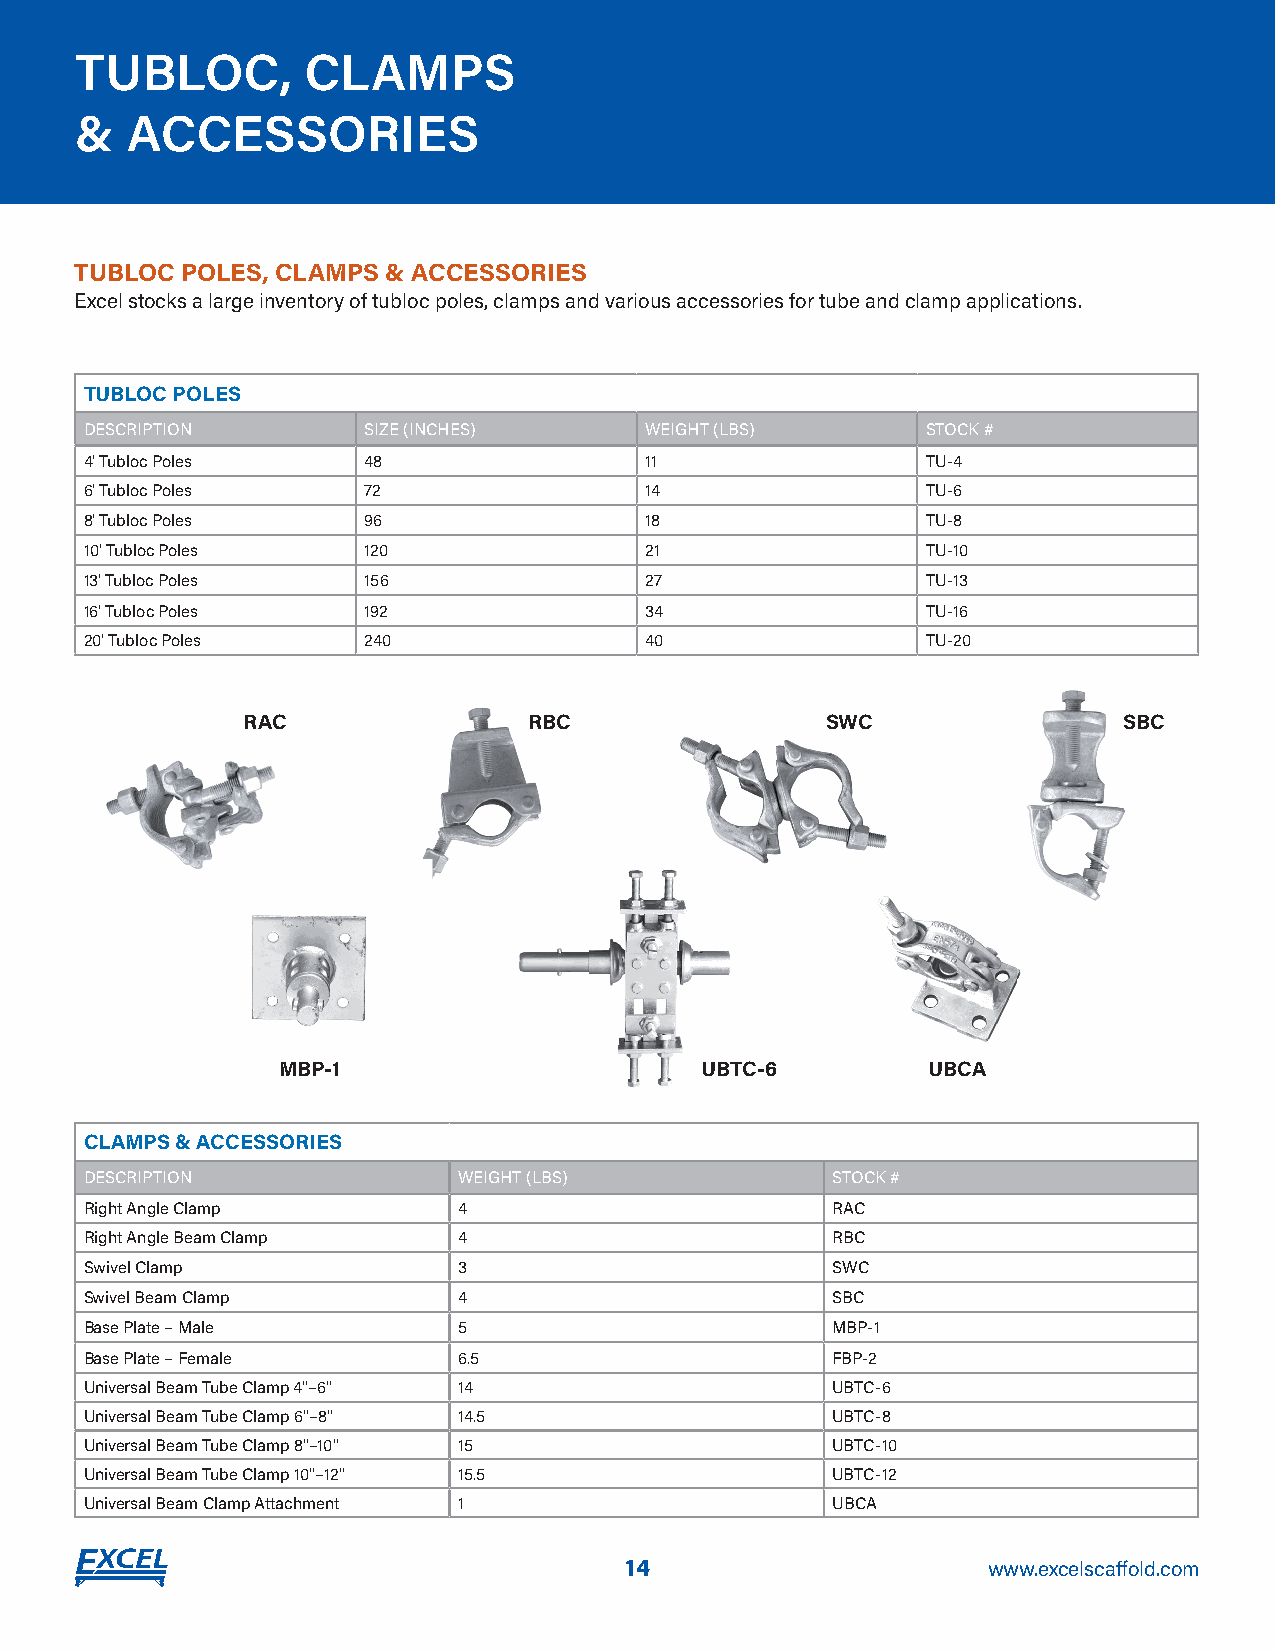
TUBLOC,        CLAMPS
 &  ACCESSORIES
 TUBLOC POLES, CLAMPS & ACCESSORIES
 Excel stocks a large inventory of tubloc poles, clamps and various accessories for tube and clamp applications.
 TUBLOC POLES
 DESCRIPTION       SIZE (INCHES)      WEIGHT (LBS)      STOCK #
 4' Tubloc Poles   48                 11                TU-4
 6' Tubloc Poles   72                 14                TU-6
 8' Tubloc Poles   96                 18                TU-8
 10' Tubloc Poles  120                21                TU-10
 13' Tubloc Poles  156                27                TU-13
 16' Tubloc Poles  192                34                TU-16
 20' Tubloc Poles  240                40                TU-20
 RAC                RBC                 SWC                SBC
 MBP-1                       UBTC-6         UBCA
 CLAMPS & ACCESSORIES
 DESCRIPTION             WEIGHT (LBS)             STOCK #
 Right Angle Clamp       4                        RAC
 Right Angle Beam Clamp  4                        RBC
 Swivel Clamp            3                        SWC
 Swivel Beam Clamp       4                        SBC
 Base Plate – Male       5                        MBP-1
 Base Plate – Female     6.5                      FBP-2
 Universal Beam Tube Clamp 4"–6" 14               UBTC-6
 Universal Beam Tube Clamp 6"–8" 14.5             UBTC-8
 Universal Beam Tube Clamp 8"–10" 15              UBTC-10
 Universal Beam Tube Clamp 10"–12" 15.5           UBTC-12
 Universal Beam Clamp Attachment 1                UBCA
 14                      www.excelscaffold.com